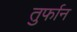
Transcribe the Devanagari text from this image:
तुर्फान